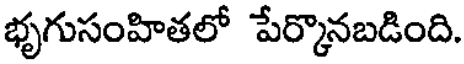
భృగుసంహితలో పేర్కొనబడింది.